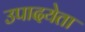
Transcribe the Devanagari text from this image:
उपादयेता